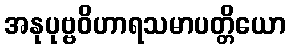
အနုပုဗ္ဗဝိဟာရသမာပတ္တိယော